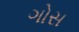
ગોસ